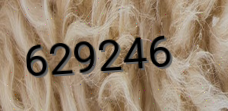
629246